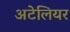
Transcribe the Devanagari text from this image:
अटेलियर